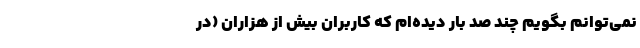
نمی‌­توانم بگویم چند صد بار دیده‌­ام که کاربران بیش از هزاران (در